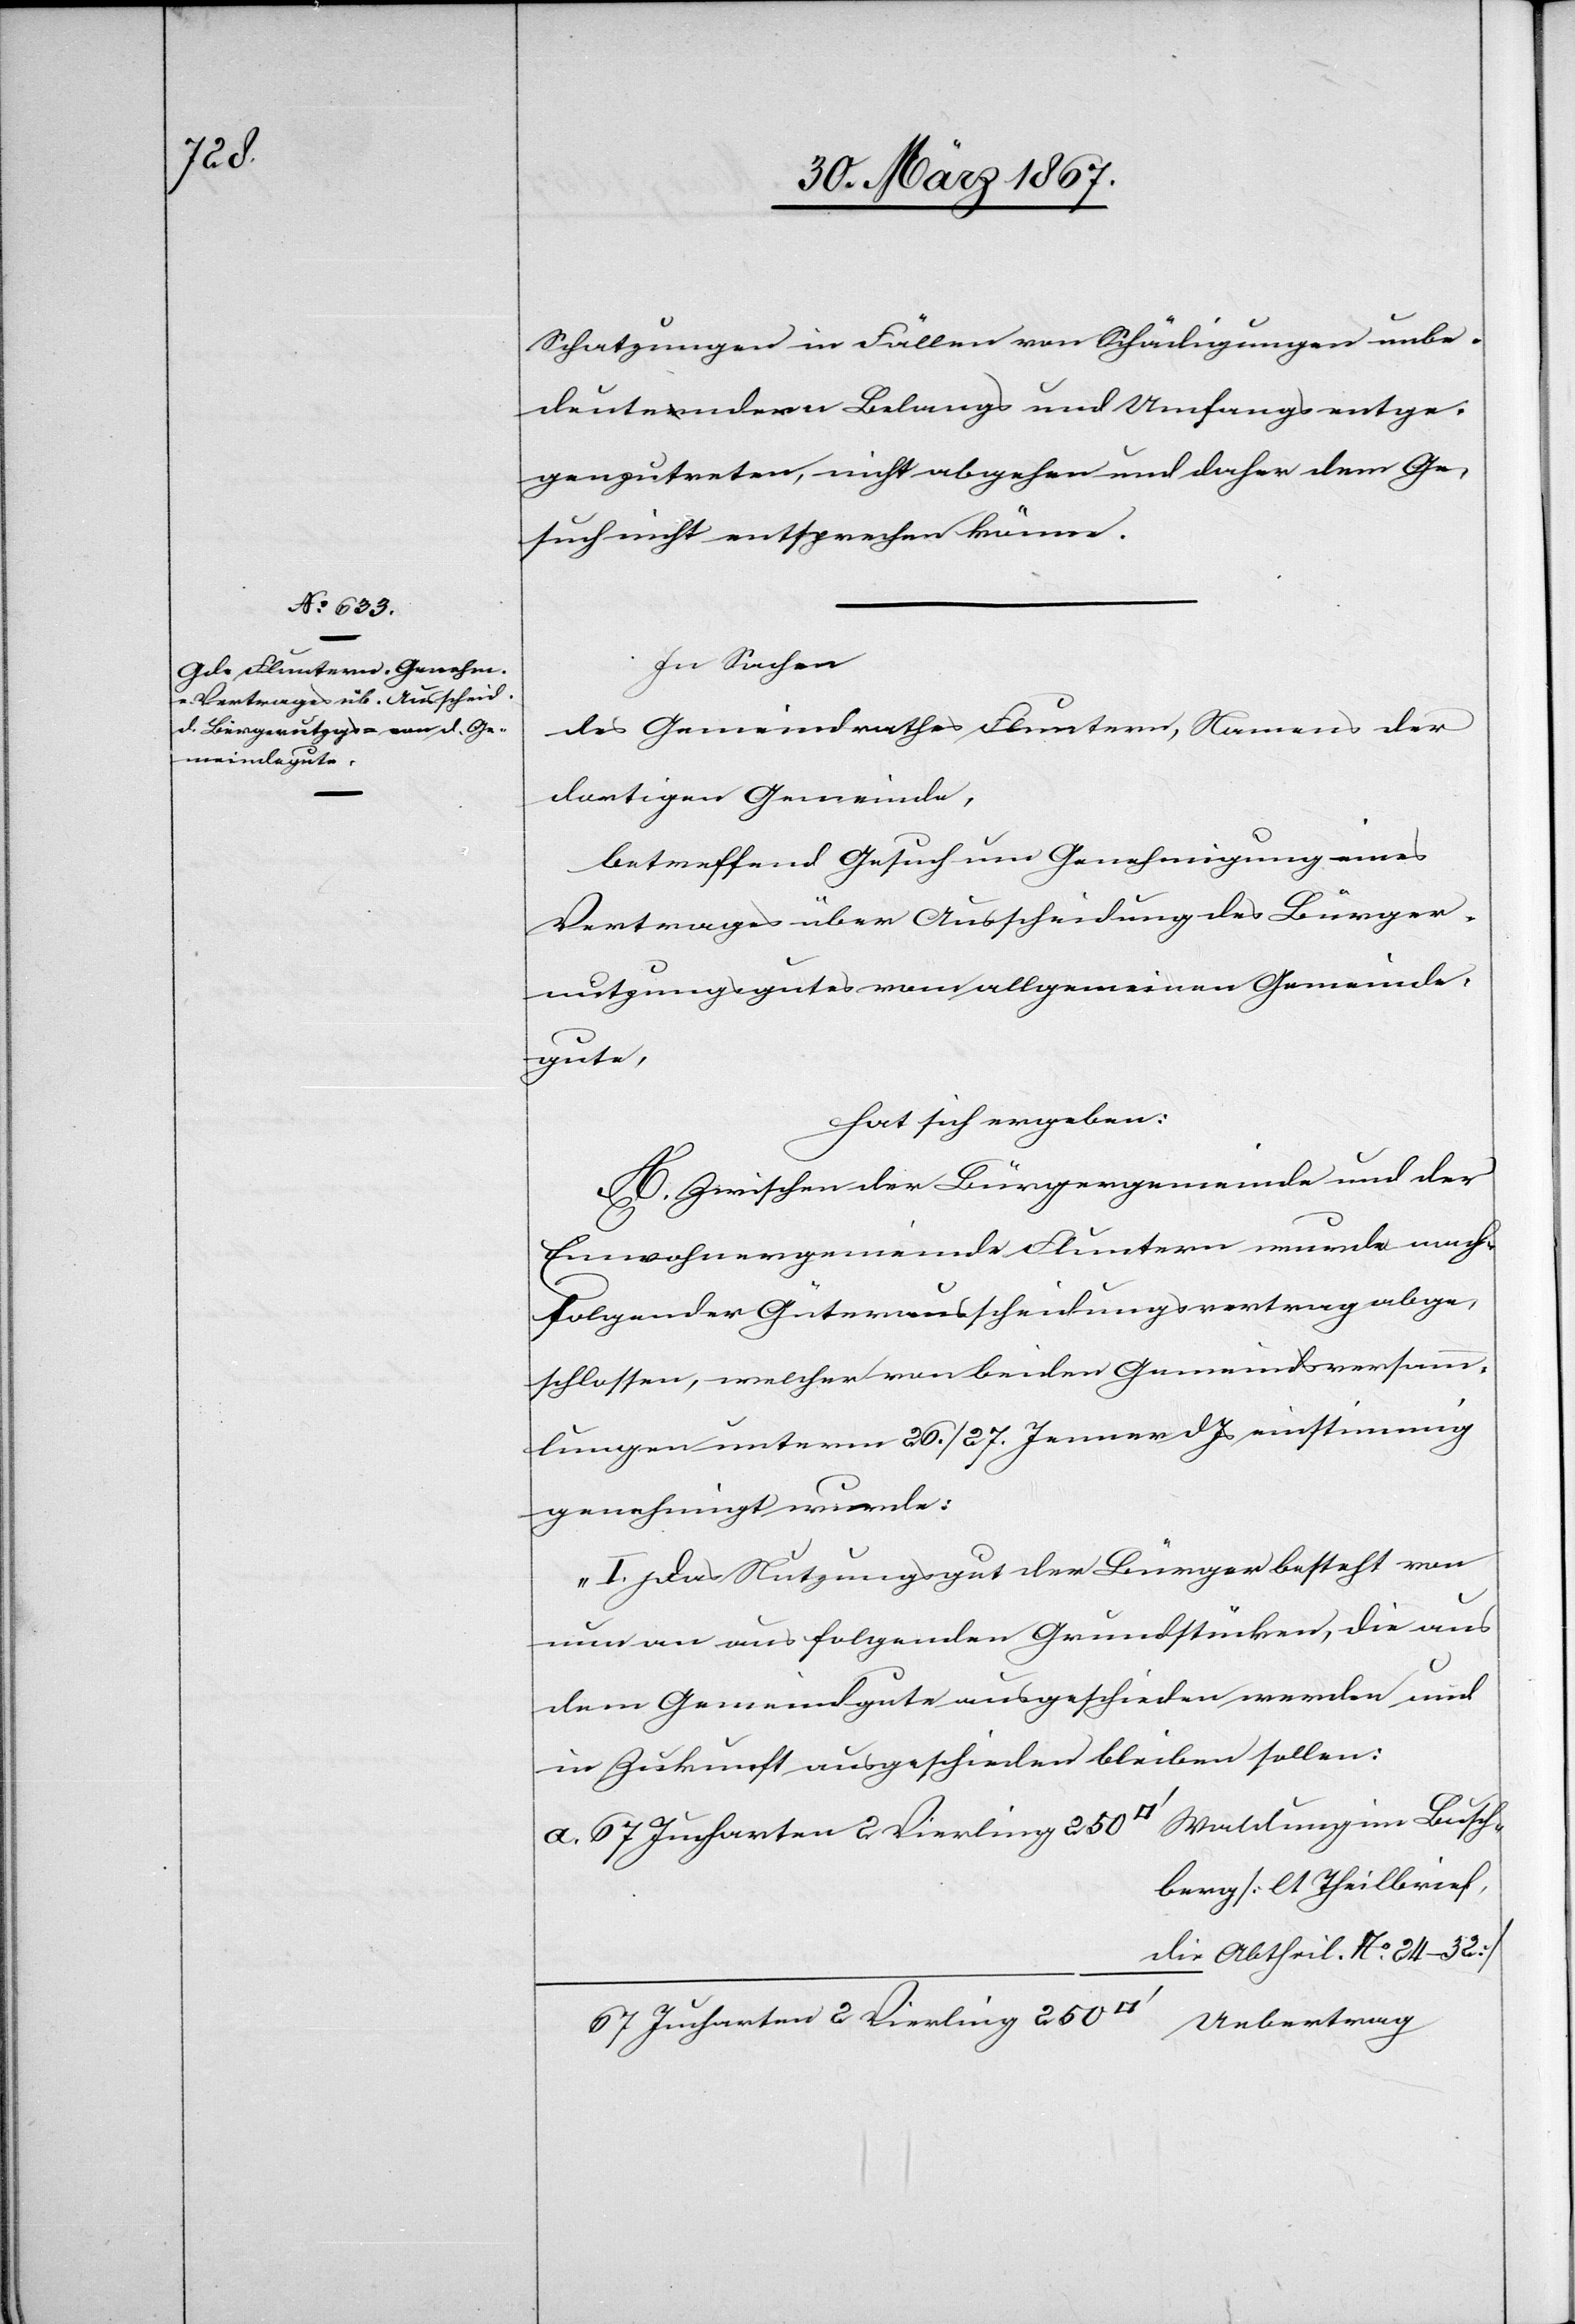
Busch¬

Schatzungen in Fällen von Schädigungen unbe¬
deutendern Belangs und Umfanges entge¬
genzutreten, nicht abgehen und daher dem Ge¬
such nicht entsprechen könne.
In Sachen
des Gemeindrathes Fluntern, Namens der
dortigen Gemeinde,
betreffend Gesuch um Genehmigung eines
Vertrages über Ausscheidung des Bürger¬
nutzungsgutes vom allgemeinen Gemeinde¬
gute,
hat sich ergeben:
A. Zwischen der Bürgergemeinde und der
Einwohnergemeinde Fluntern wurde nach¬
folgender Güterausscheidungsvertrag abge¬
schlossen, welcher von beiden Gemeindsversamm¬
lungen unterm 26. / 27. Jenner d. Js einstimmig
genehmigt wurde:
„I. Das Nutzungsgut der Bürger besteht von
nun an aus folgenden Grundstücken, die aus
dem Gemeindgute ausgeschieden werden und
in Zukunft ausgeschieden bleiben sollen:
berg [lt Theilbrief,
die Abtheil No. 24–32]